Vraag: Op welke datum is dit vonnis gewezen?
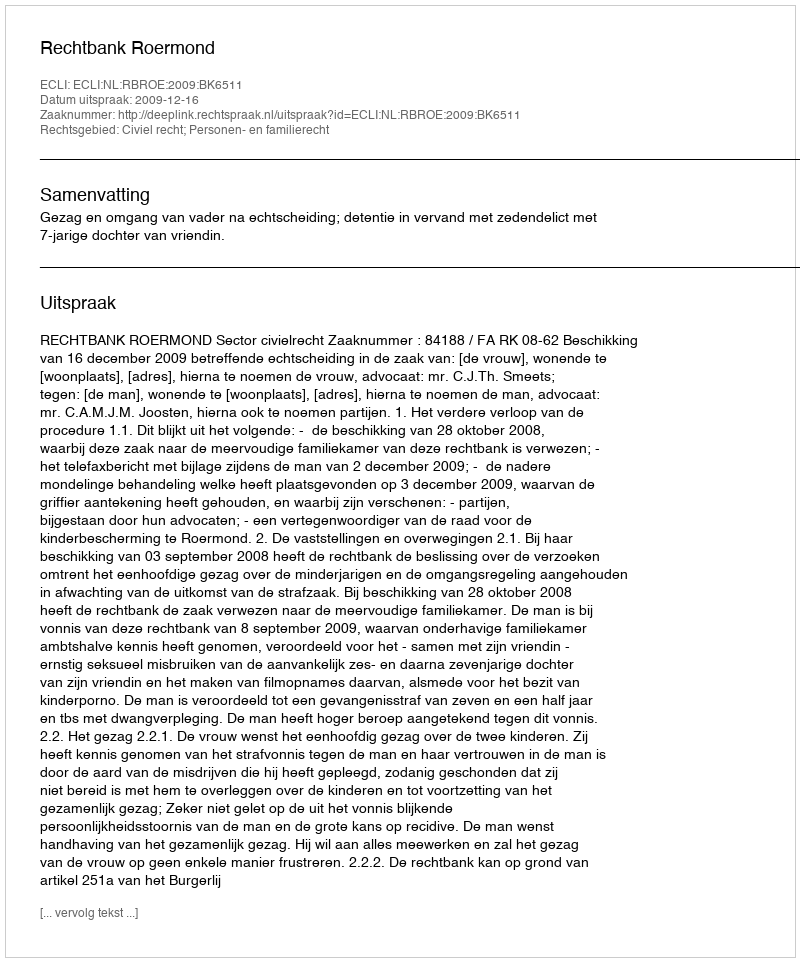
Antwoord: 2009-12-16